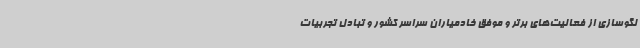
لگوسازی از فعالیت‌های برتر و موفق خادمیاران سراسر کشور و تبادل تجربیات